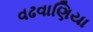
વઢવાણિયા